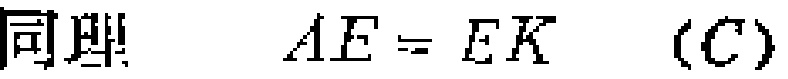
同理\(\quad AE = EK\quad (C)\)